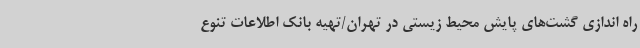
راه اندازی گشت‌های پایش محیط زیستی در تهران/تهیه بانک اطلاعات تنوع